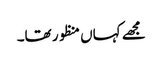
مجھے کہاں منظور تھا۔